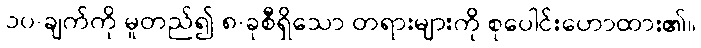
၁၀-ချက်ကို မူတည်၍ ၈-ခုစီရှိသော တရားများကို စုပေါင်းဟောထား၏။